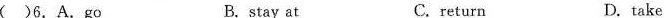
()6. A. Go B. stay at C.return D.take